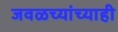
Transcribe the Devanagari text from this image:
जवळच्यांच्याही